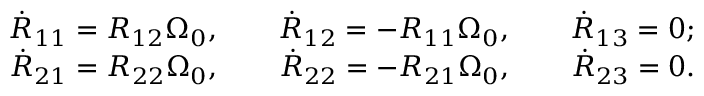
\begin{array} { r } { \dot { R } _ { 1 1 } = R _ { 1 2 } \Omega _ { 0 } , \qquad \dot { R } _ { 1 2 } = - R _ { 1 1 } \Omega _ { 0 } , \qquad \dot { R } _ { 1 3 } = 0 ; } \\ { \dot { R } _ { 2 1 } = R _ { 2 2 } \Omega _ { 0 } , \qquad \dot { R } _ { 2 2 } = - R _ { 2 1 } \Omega _ { 0 } , \qquad \dot { R } _ { 2 3 } = 0 . } \end{array}